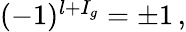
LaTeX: \begin{array}{r}{(-1)^{l+I_{g}}=\pm 1\, ,}\end{array}